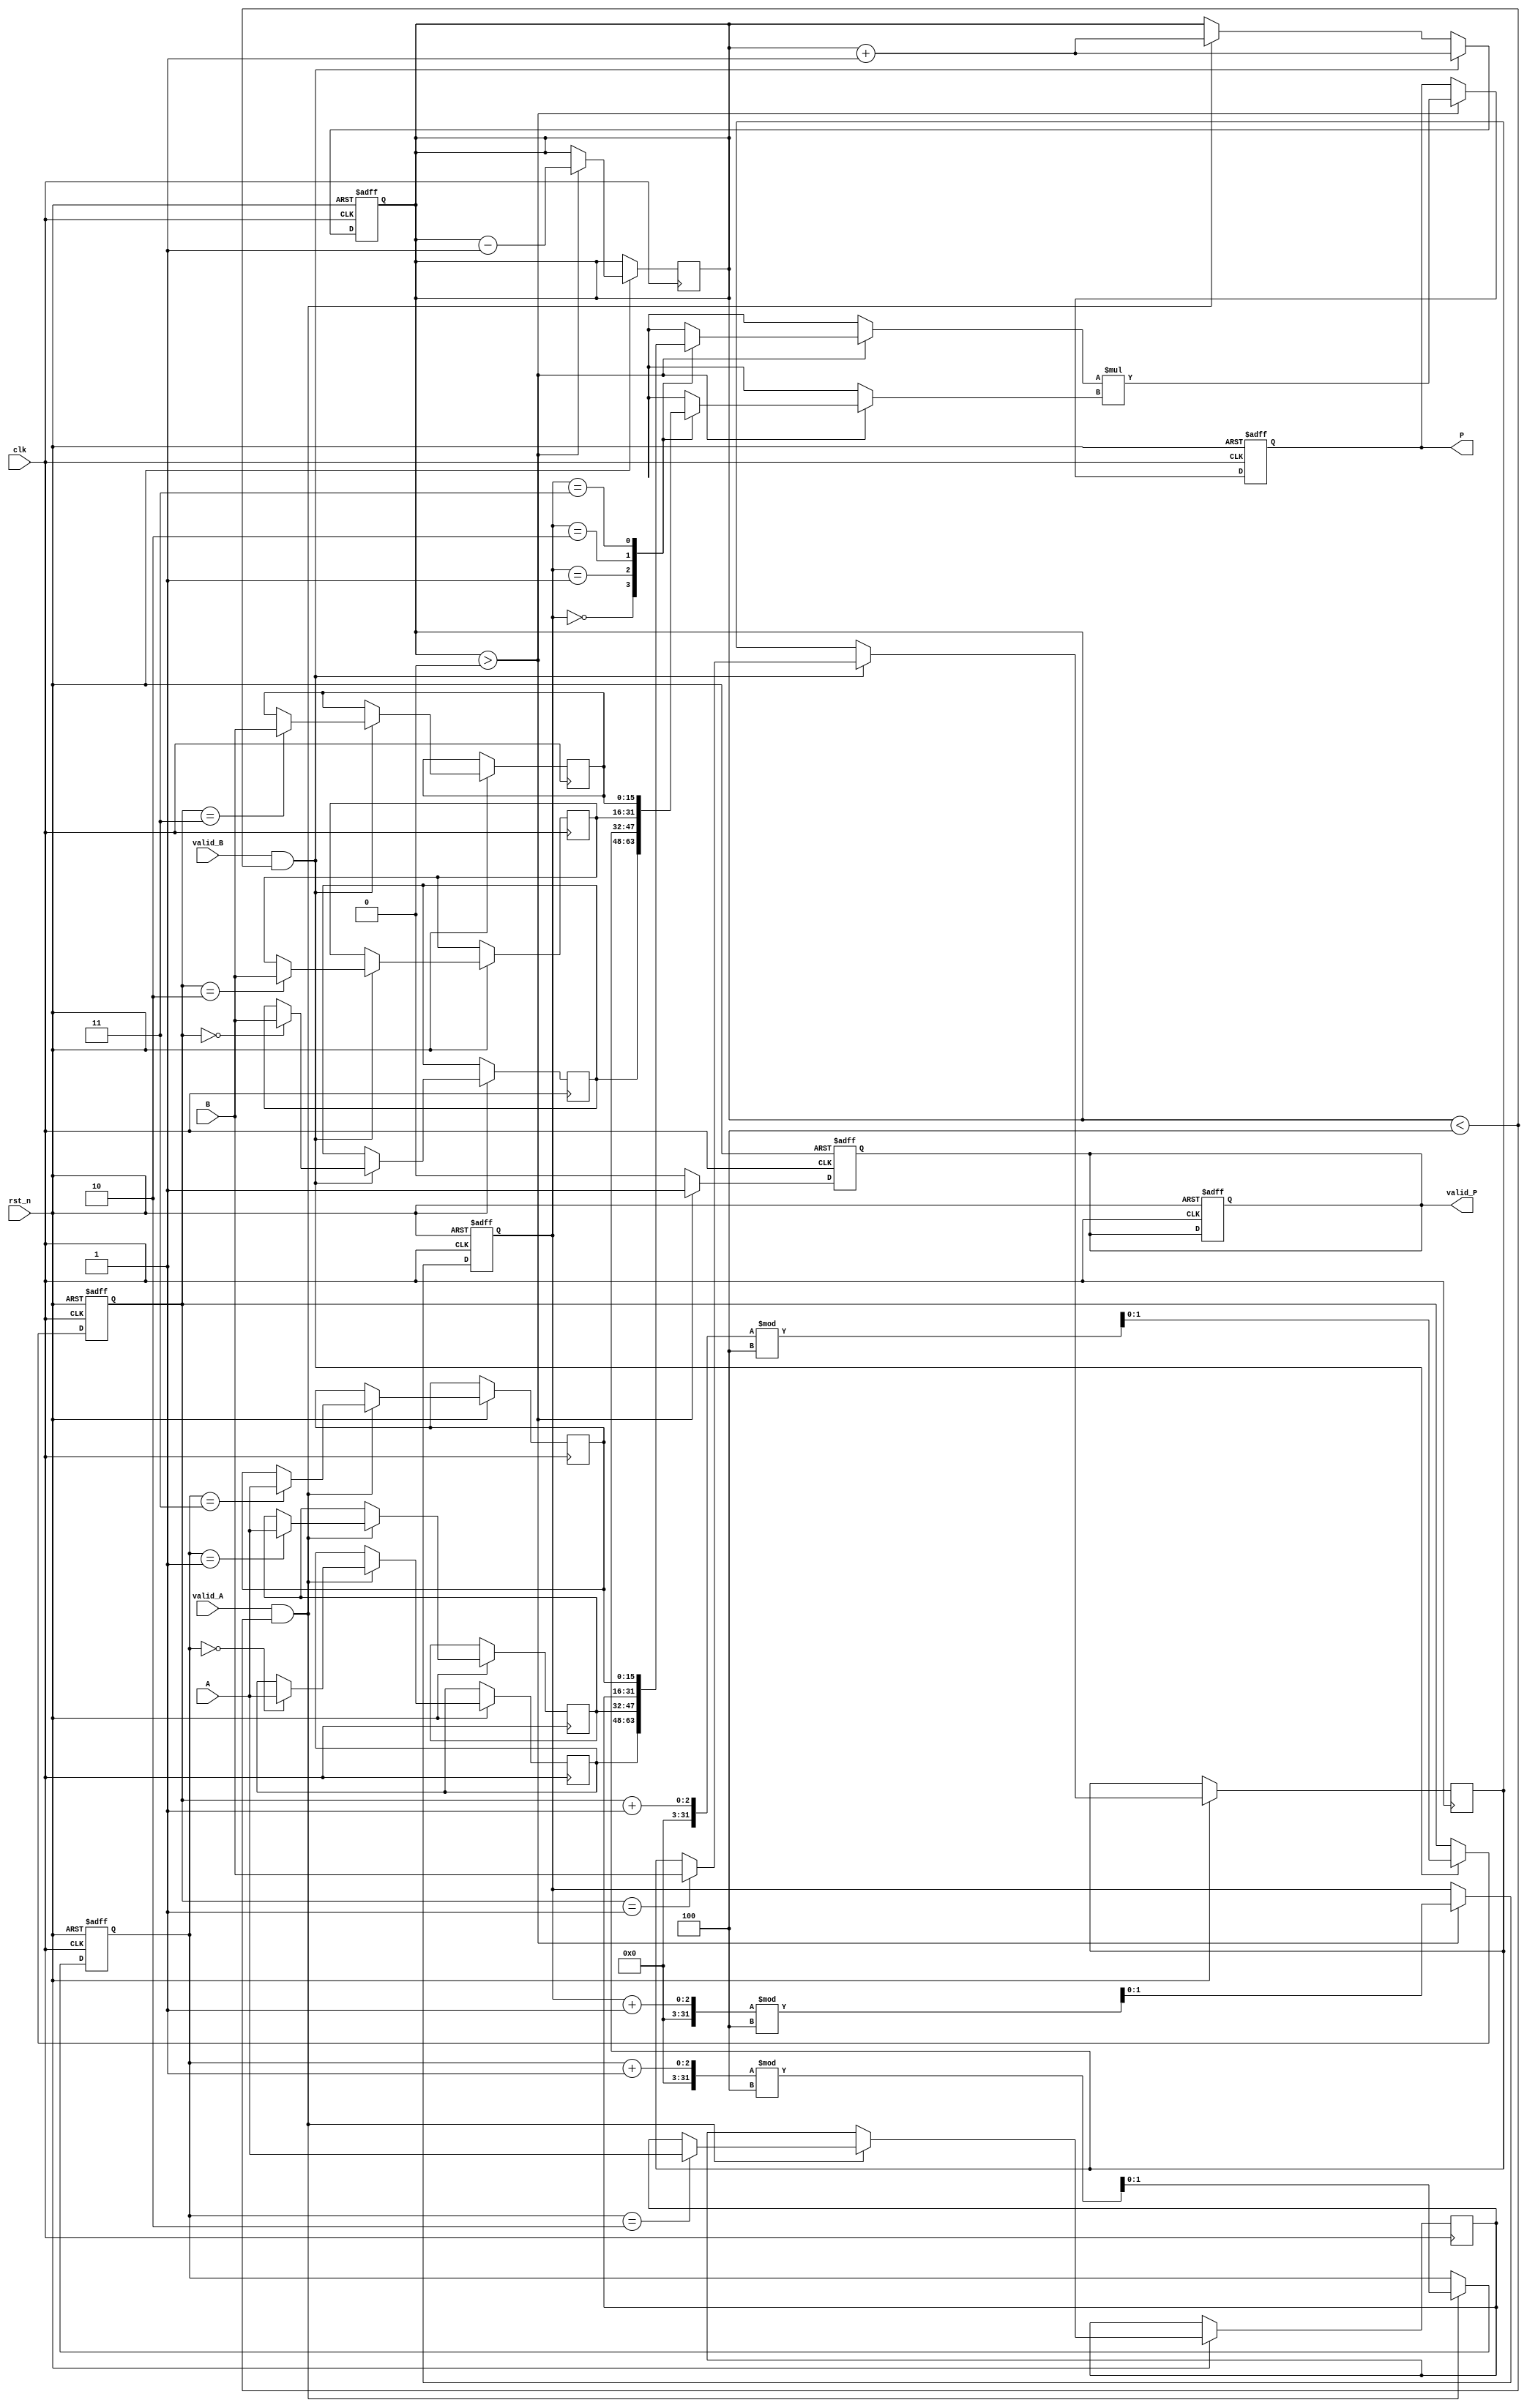
module streaming_multiplier #(
    parameter DATA_WIDTH = 16, // Bit-width of input data
    parameter BUFFER_SIZE = 4   // Number of samples in the input buffers
)(
    input wire clk,                // Clock signal
    input wire rst_n,              // Active-low reset
    input wire [DATA_WIDTH-1:0] A, // Input stream A
    input wire [DATA_WIDTH-1:0] B, // Input stream B
    input wire valid_A,            // Valid signal for input A
    input wire valid_B,            // Valid signal for input B
    output reg [2*DATA_WIDTH-1:0] P, // Output product stream
    output reg valid_P             // Valid signal for output P
);

    // Internal signals
    reg [DATA_WIDTH-1:0] A_buffer [0:BUFFER_SIZE-1]; // Input buffer for A
    reg [DATA_WIDTH-1:0] B_buffer [0:BUFFER_SIZE-1]; // Input buffer for B
    reg [1:0] write_ptr_A, write_ptr_B; // Write pointers for buffers
    reg [1:0] read_ptr; // Read pointer for output
    reg [1:0] count; // Count of valid data in buffers

    // Buffering logic
    always @(posedge clk or negedge rst_n) begin
        if (!rst_n) begin
            write_ptr_A <= 0;
            write_ptr_B <= 0;
            count <= 0;
            valid_P <= 0;
        end else begin
            // Write to buffer A
            if (valid_A && count < BUFFER_SIZE) begin
                A_buffer[write_ptr_A] <= A;
                write_ptr_A <= (write_ptr_A + 1) % BUFFER_SIZE;
                count <= count + 1;
            end
            
            // Write to buffer B
            if (valid_B && count < BUFFER_SIZE) begin
                B_buffer[write_ptr_B] <= B;
                write_ptr_B <= (write_ptr_B + 1) % BUFFER_SIZE;
                count <= count + 1;
            end
        end
    end

    // Multiplier core and output logic
    always @(posedge clk or negedge rst_n) begin
        if (!rst_n) begin
            P <= 0;
            valid_P <= 0;
            read_ptr <= 0;
        end else begin
            if (count > 0) begin
                // Perform multiplication
                P <= A_buffer[read_ptr] * B_buffer[read_ptr];
                valid_P <= 1;

                // Update read pointer and count
                read_ptr <= (read_ptr + 1) % BUFFER_SIZE;
                count <= count - 1;
            end else begin
                valid_P <= 0; // No valid output if count is zero
            end
        end
    end

endmodule